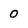
Character: 0